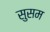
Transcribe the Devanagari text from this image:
सुसम